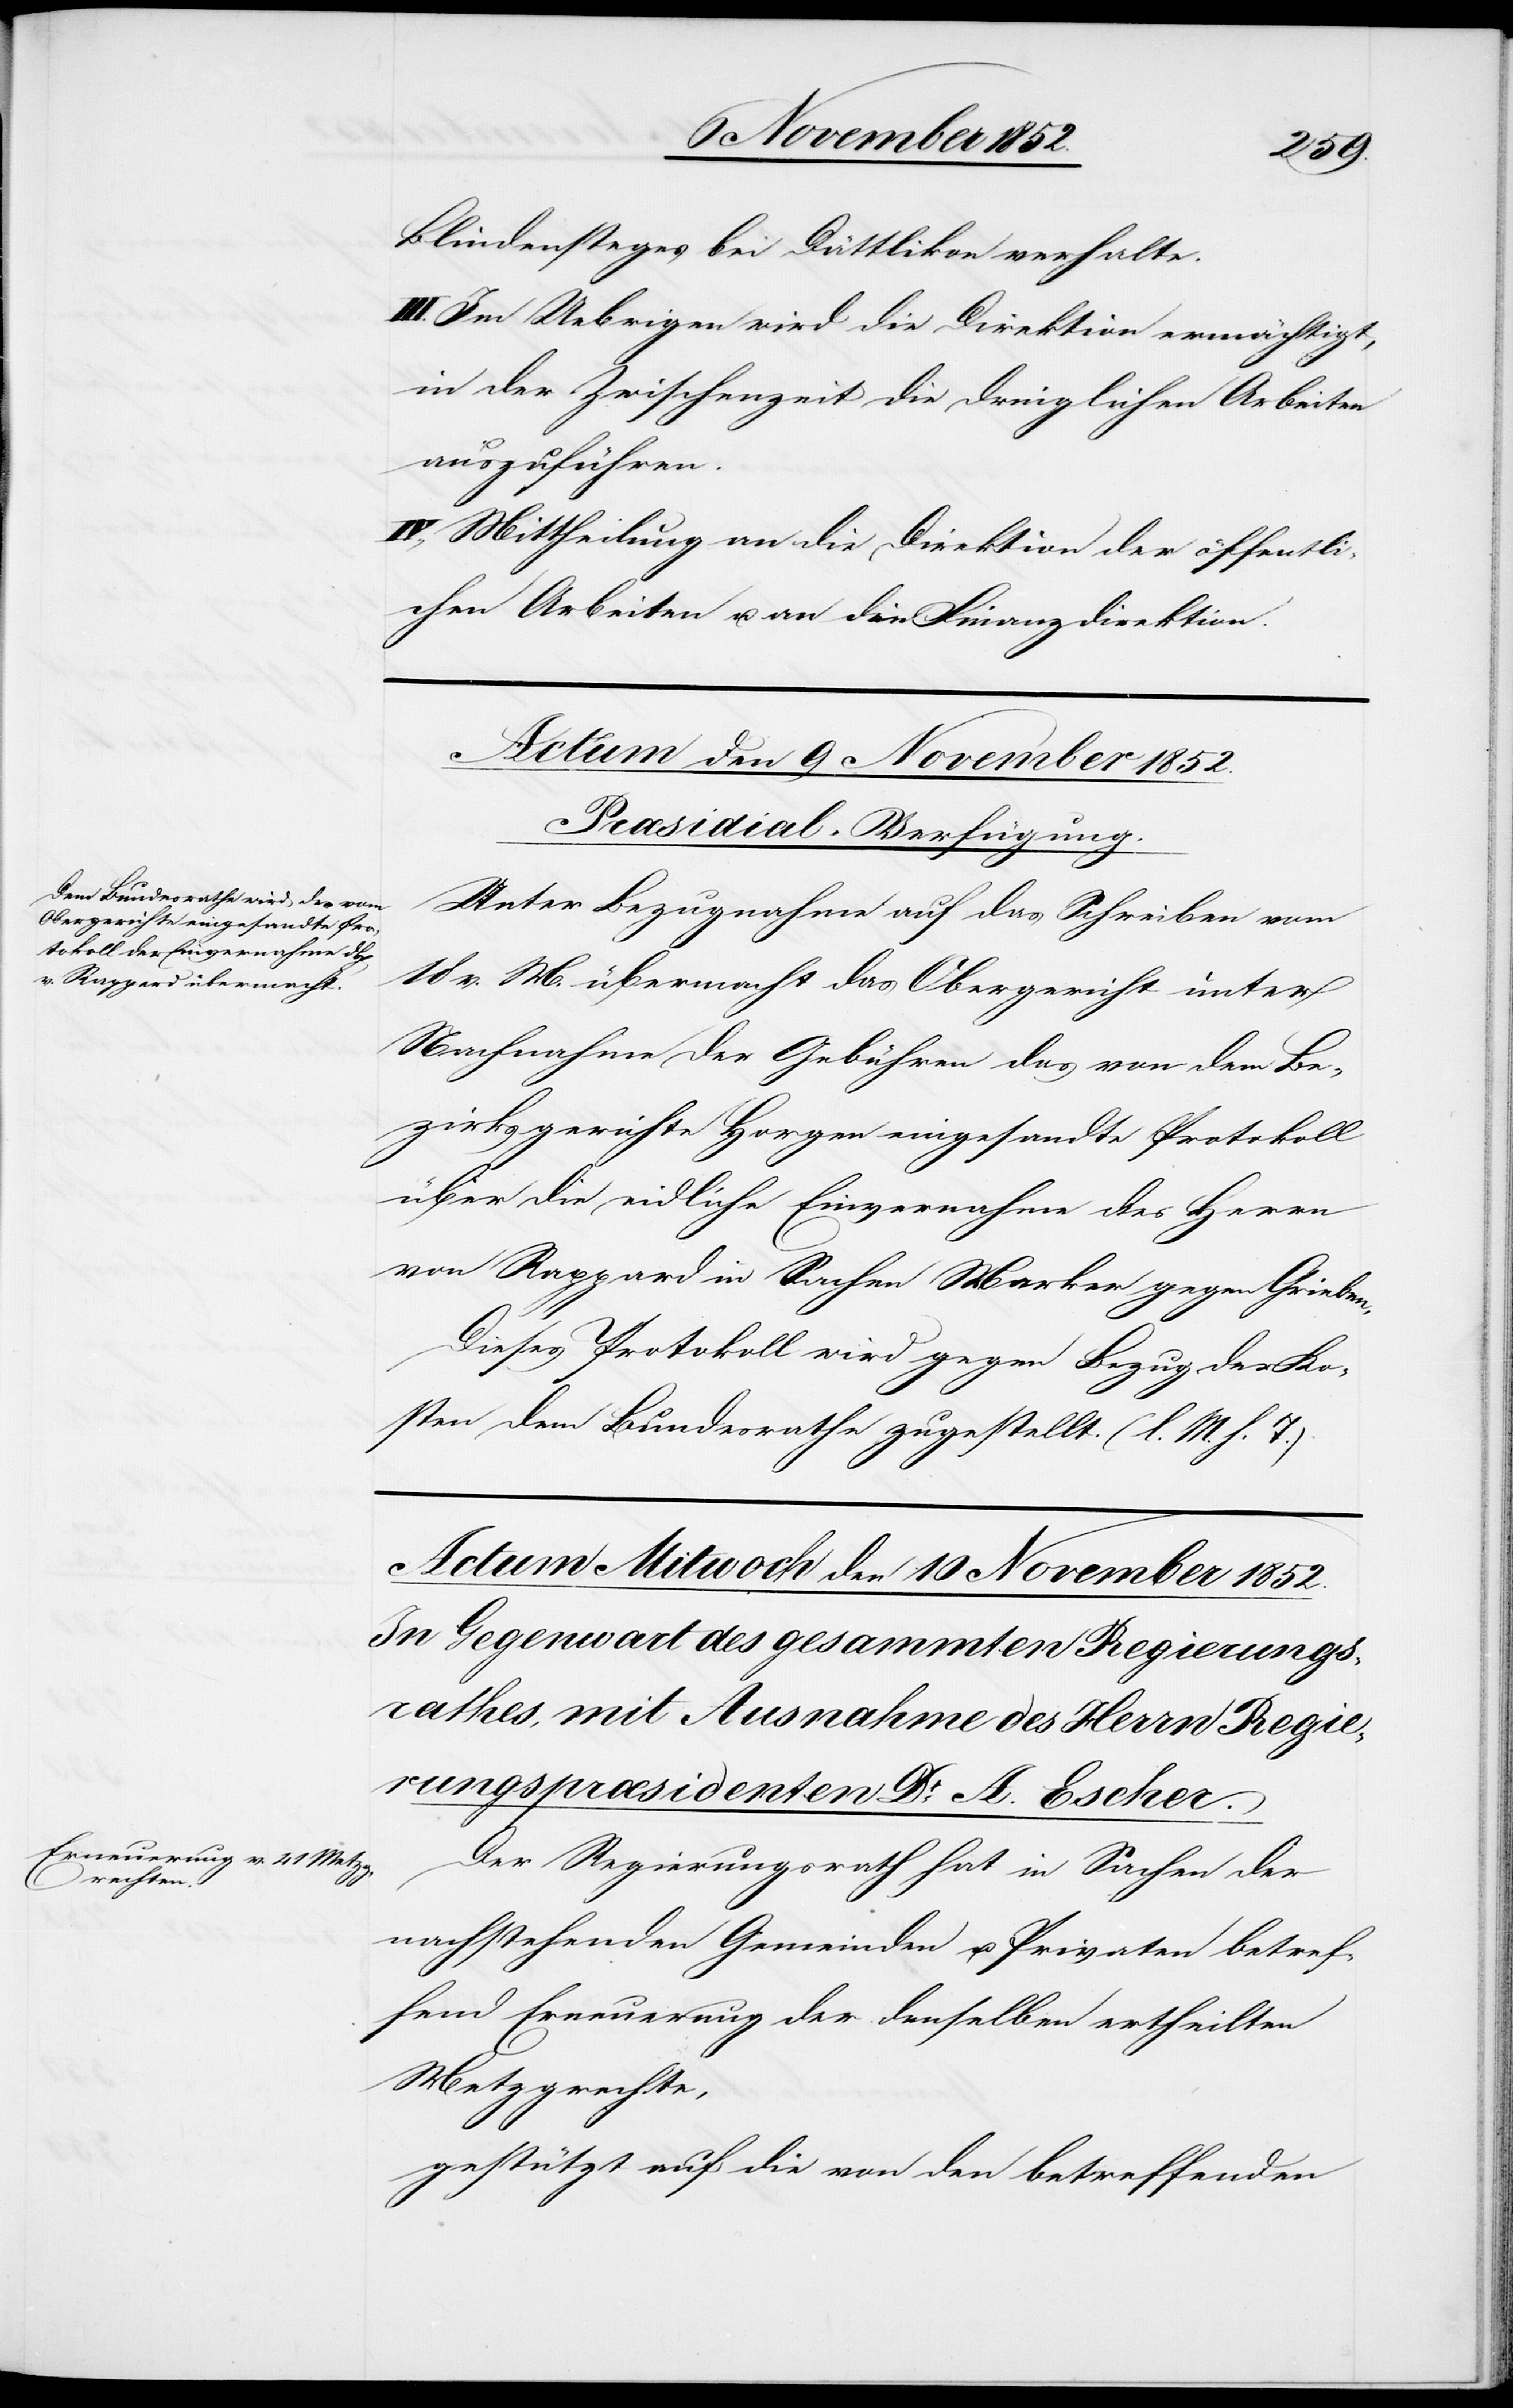
Blindensteges bei Dättlikon verhalte.
III. Im Uebrigen wird die Direktion ermächtigt,
in der Zwischenzeit die dringlichen Arbeiten
auszuführen.
IV., Mittheilung an die Direktion der öffentli¬
chen Arbeiten u. an die Finanzdirektion.
Actum den 9 November 1852.
Præsidial-Verfügung.
Unter Bezugnahme auf das Schreiben vom
18 v. M. übermacht das Obergericht unter
Nachnahme der Gebühren das von dem Be¬
zirksgerichte Horgen eingesandte Protokoll
über die eidliche Einvernahme des Herrn
von Rappard in Sachen Marker gegen Grieben.
Dieses Protokoll wird gegen Bezug der Ko¬
sten dem Bundesrathe zugestellt. (l. M. h. T.)
Der Regierungsrath hat in Sachen der
nachstehenden Gemeinden u. Privaten betref¬
fend Erneuerung der denselben ertheilten
Metzgrechte,
gestützt auf die von den betreffenden